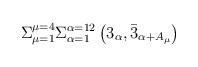
\begin{align*}\Sigma_{\mu=1}^{\mu=4} \Sigma_{\alpha=1}^{\alpha=12}\left( 3_{\alpha}, \bar{3}_{\alpha + A_{\mu}} \right)\end{align*}